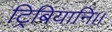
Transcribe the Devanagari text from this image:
ट्रिबियानि।।